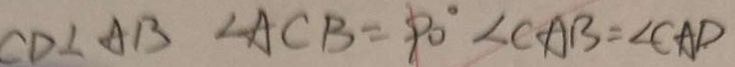
C D \bot A B \angle A C B = 9 0 ^ { \circ } \angle C A B = \angle C A D